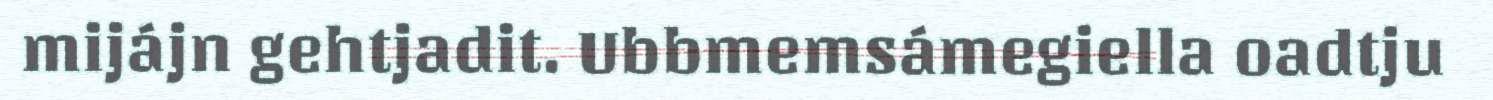
mijájn gehtjadit. Ubbmemsámegiella oadtju